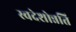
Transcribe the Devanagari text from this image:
स्वदेशोन्नति